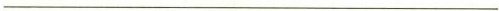
___